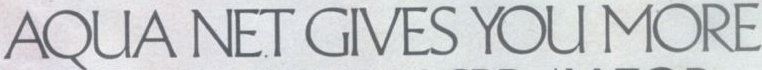
AQUA NET GIVES YOU MORE